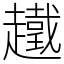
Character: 䟈